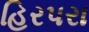
હિરપરા